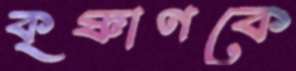
কৃষ্ণাণকে